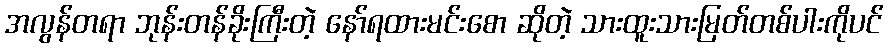
အလွန်တရာ ဘုန်းတန်ခိုးကြီးတဲ့ နော်ရထားမင်းစော ဆိုတဲ့ သားထူးသားမြတ်တစ်ပါးကိုပင်